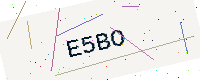
Text: E5BO